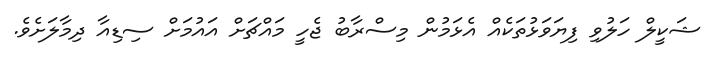
ޝަކީލް ހަލުވި ފިޔަވަޅުތަކެއް އެޅަމުން މިސްރާބު ޖެހީ މައްޗަށް އައުމަށް ސިޑިއާ ދިމާލަށެވެ.